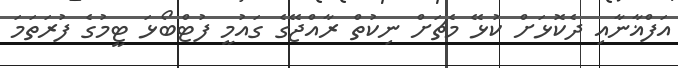
އަފްޣާނާއި ދެކޮޅަށް ކުޅޭ މެޗަށް ނިކުތް ރާއްޖޭގެ ގައުމީ ފުޓްބޯޅަ ޓީމުގެ ފުރަތަމަ